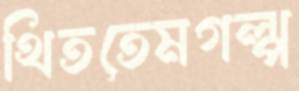
থিততেমগল্প